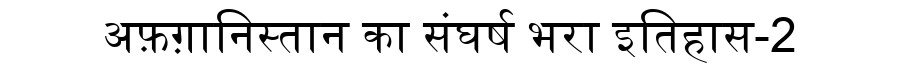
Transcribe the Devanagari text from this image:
अफ़ग़ानिस्तान का संघर्ष भरा इतिहास-2